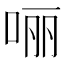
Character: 𫪃